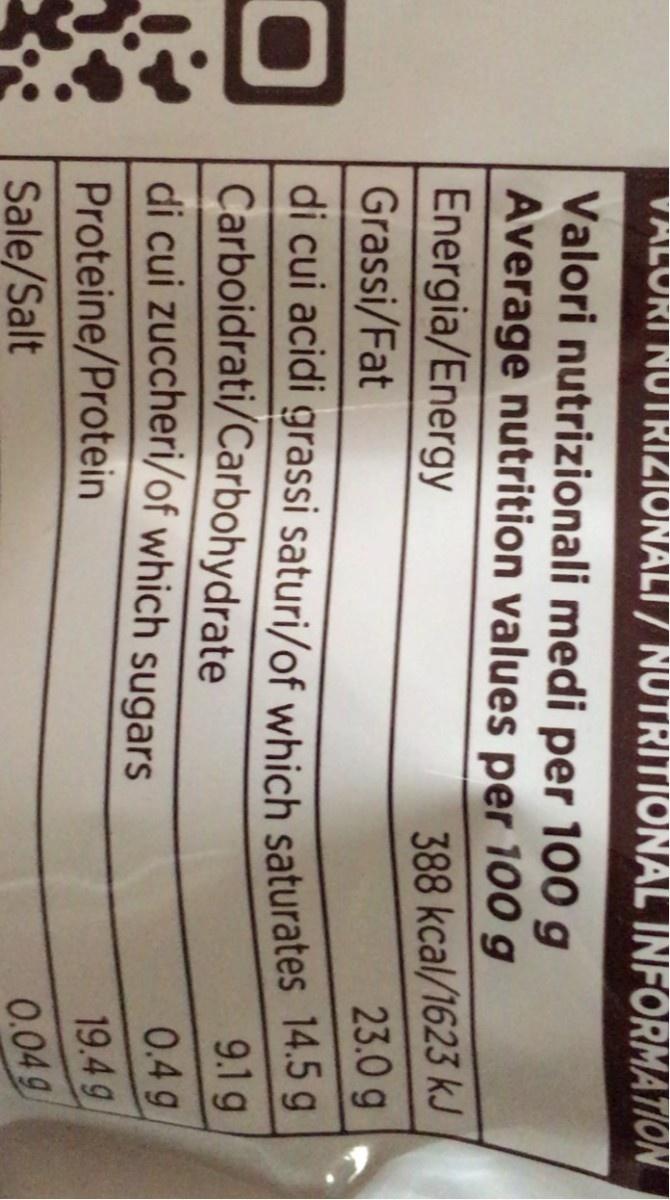
VALORI NUTRIZIONALI / NUTRITIONAL INFORMATION
Valori nutrizionali medi per 100 g Average nutrition values per 100 g
Energia/Energy Grassi/Fat
388 kcal/1623 kJ 23.0 g
di cui acidi grassi saturi/of which saturates 14.5 g Carboidrati/Carbohydrate di cui zuccheri/of which sugars
9.1 g
0.4 g
Proteine/Protein
19.4g
Sale/Salt
0.049